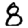
Digit: 8